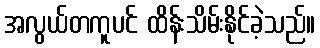
အလွယ်တကူပင် ထိန်းသိမ်းနိုင်ခဲ့သည်။